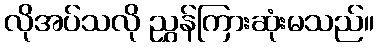
လိုအပ်သလို ညွှန်ကြားဆုံးမသည်။